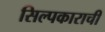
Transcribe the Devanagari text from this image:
सिल्पकाराची